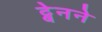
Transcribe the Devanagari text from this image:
ट्वेनने